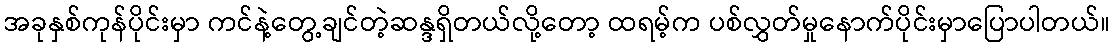
အခုနှစ်ကုန်ပိုင်းမှာ ကင်နဲ့တွေ့ချင်တဲ့ဆန္ဒရှိတယ်လို့တော့ ထရမ့်က ပစ်လွှတ်မှုနောက်ပိုင်းမှာပြောပါတယ်။